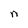
Character: n